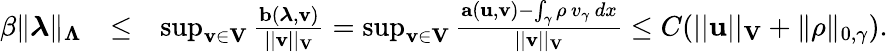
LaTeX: \begin{array}{rlr}{\beta\| \boldsymbol\lambda\| _{\boldsymbol\Lambda}}&{\leq}&{\operatorname*{sup}_{{\mathbf v}\in{\mathbf V}}\frac{{\mathbf b}(\boldsymbol\lambda,{\mathbf v})}{||{\mathbf v}||_{\mathbf V}}=\operatorname*{sup}_{{\mathbf v}\in{\mathbf V}}\frac{{\mathbf a}({\mathbf u},{\mathbf v})-\int_{\gamma}\rho\, v_{\gamma}\, dx}{||{\mathbf v}||_{{\mathbf V}}}\leq C(||{\mathbf u}||_{\mathbf V}+\| \rho\| _{0,\gamma}).}\end{array}